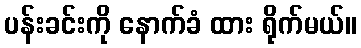
ပန်းခင်းကို နောက်ခံ ထား ရိုက်မယ်။